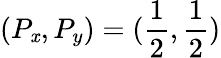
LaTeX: (P_{\mathit{x}},P_{y})=(\frac{{1}}{{2}},\frac{{1}}{{2}})